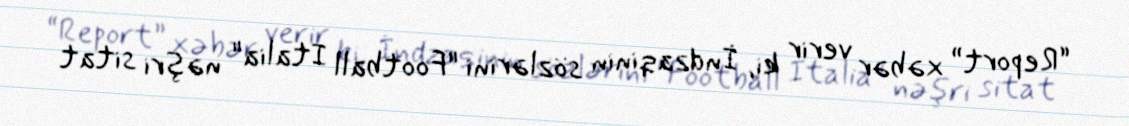
“Report” xəbər verir ki, İndzaqinin sözlərini "Football Italia" nəşri sitat